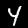
Digit: 4